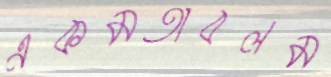
একমতাবলম